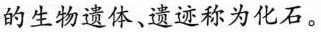
的生物遗体、遗迹称为化石。